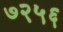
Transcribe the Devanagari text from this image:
७२५६